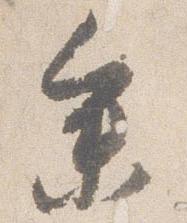
参